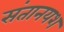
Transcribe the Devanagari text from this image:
संतानयश